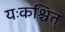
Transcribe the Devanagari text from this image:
यःकश्चित्